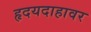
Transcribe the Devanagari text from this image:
हृदयदाहावर